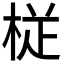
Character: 𭪒